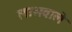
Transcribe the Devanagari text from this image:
लाभवाले